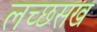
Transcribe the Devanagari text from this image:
लच्छसख